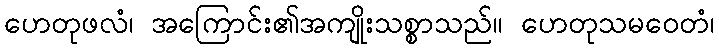
ဟေတုဖလံ၊ အကြောင်း၏အကျိုးသစ္စာသည်။ ဟေတုသမဝေတံ၊